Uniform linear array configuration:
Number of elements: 48
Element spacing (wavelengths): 0.5
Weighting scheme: binomial
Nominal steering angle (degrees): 30
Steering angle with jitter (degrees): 28.662
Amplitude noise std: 0.05
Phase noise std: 0.05

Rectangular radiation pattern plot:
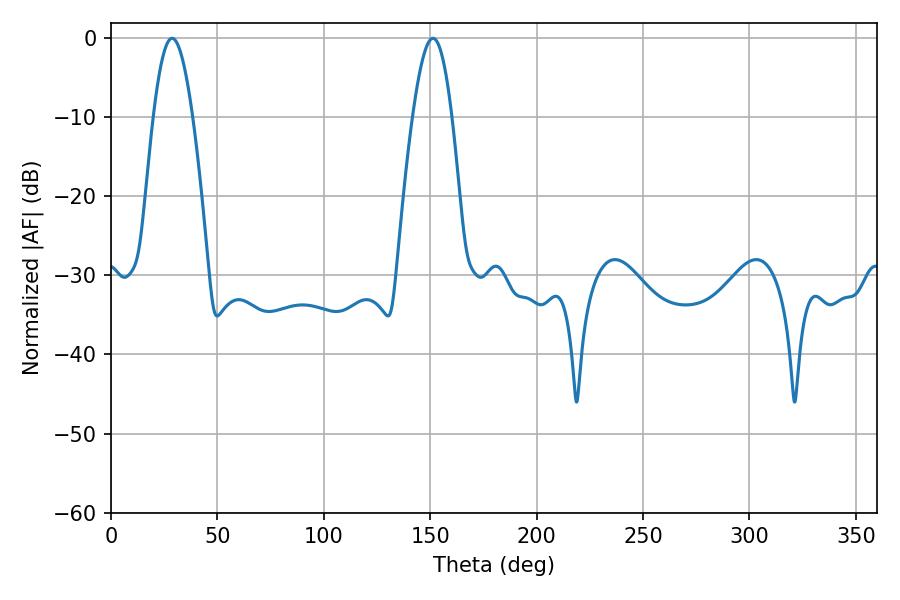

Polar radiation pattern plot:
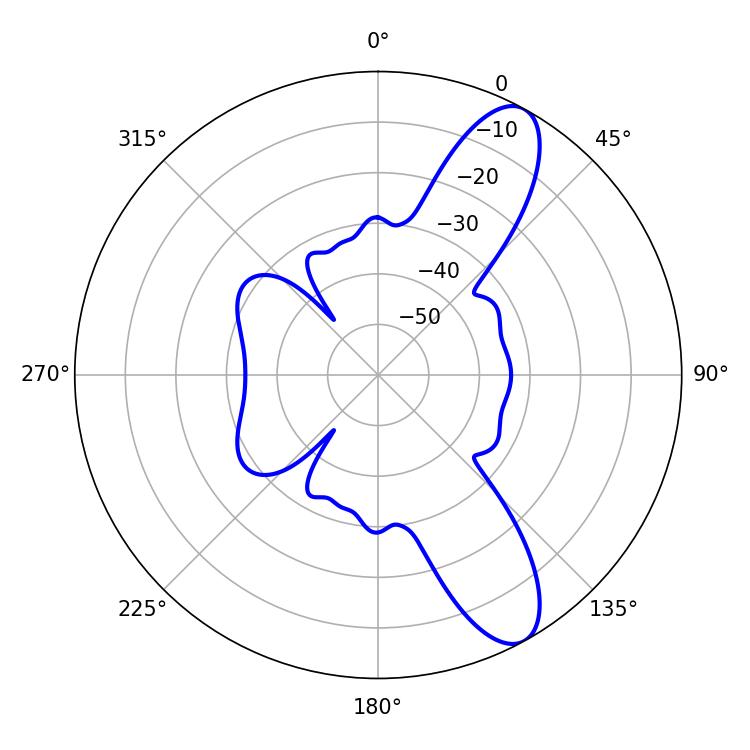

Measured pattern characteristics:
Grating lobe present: FALSE
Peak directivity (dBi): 10.414
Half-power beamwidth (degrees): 10.08
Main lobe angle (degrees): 28.8